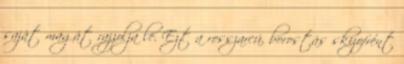
saját magát rajzolja le. Ezt a rosszarcú, borostás skizofrént